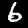
Label: 6